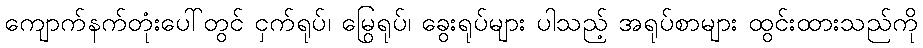
ကျောက်နက်တုံးပေါ်တွင် ငှက်ရုပ်၊ မြွေရုပ်၊ ခွေးရုပ်များ ပါသည့် အရုပ်စာများ ထွင်းထားသည်ကို